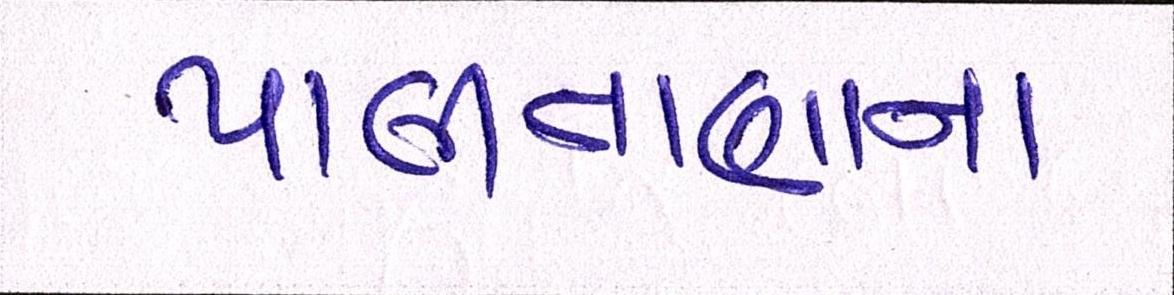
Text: પાલીતાણાના